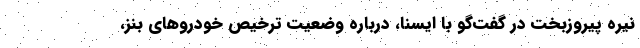
نیره پیروزبخت در گفت‌گو با ایسنا، درباره وضعیت ترخیص خودروهای بنز،